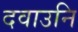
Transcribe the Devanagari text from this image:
दवाउनि